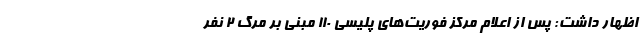
اظهار داشت: پس از اعلام مرکز فوریت‌های پلیسی 110 مبنی بر مرگ 2 نفر